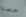
حسنا